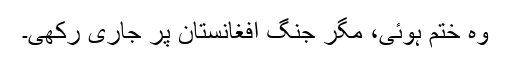
وہ ختم ہوئی، مگر جنگ افغانستان پر جاری رکھی۔